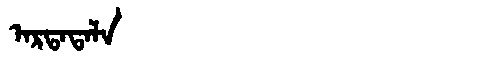
Manchu: ᠠᡵᡨᠠᡨᠠᠯᠠ
Romanization: ARTATALA